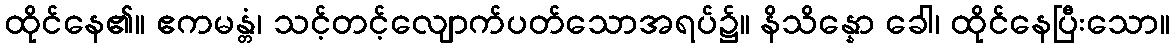
ထိုင်နေ၏။ ဧကမန္တံ၊ သင့်တင့်လျောက်ပတ်သောအရပ်၌။ နိသိန္နော ခေါ၊ ထိုင်နေပြီးသော။